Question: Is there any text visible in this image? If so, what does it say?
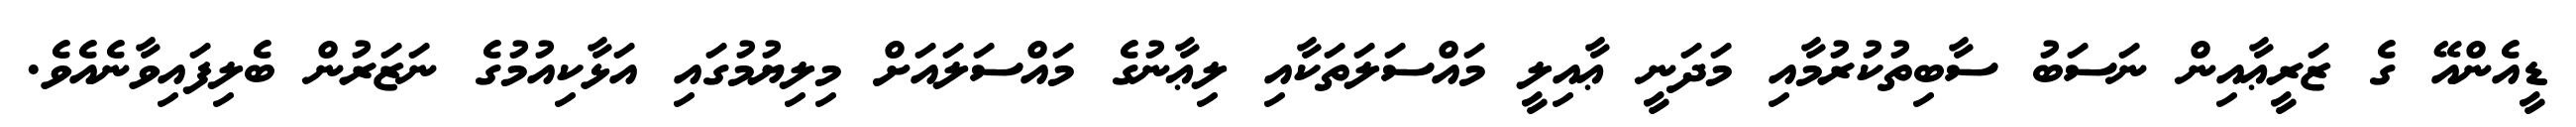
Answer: ޑީއެންއޭ ގެ ޒަރީޢާއިން ނަސަބު ސާބިތުކުރުމާއި މަދަނީ ޢާއިލީ މައްސަލަތަކާއި ލިޢާނުގެ މައްސަލައަށް މިލިޔުމުގައި އަޅާކިއުމުގެ ނަޒަރުން ބެލިފައިވާނެއެވެ.